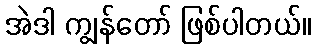
အဲဒါ ကျွန်တော် ဖြစ်ပါတယ်။